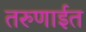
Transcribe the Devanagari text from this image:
तरुणाईत